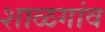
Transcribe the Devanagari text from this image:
शाळगांव